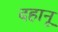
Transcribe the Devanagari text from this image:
दहानू